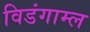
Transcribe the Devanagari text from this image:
विडंगाम्ल